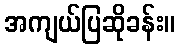
အကျယ်ပြဆိုခန်း။